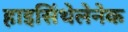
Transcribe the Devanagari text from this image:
हाइसिंथेलेनेक